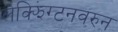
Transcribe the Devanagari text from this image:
लेक्झिंग्टनवरुन